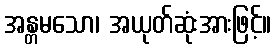
အန္တမသော၊ အယုတ်ဆုံးအားဖြင့်။